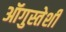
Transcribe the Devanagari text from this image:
ऑगुस्तेशी